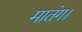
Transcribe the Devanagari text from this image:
मातंग।